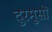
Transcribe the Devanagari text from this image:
दुरमुसों